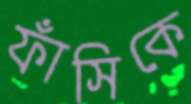
ফাঁসিকে